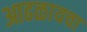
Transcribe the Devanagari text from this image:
आढळायचा